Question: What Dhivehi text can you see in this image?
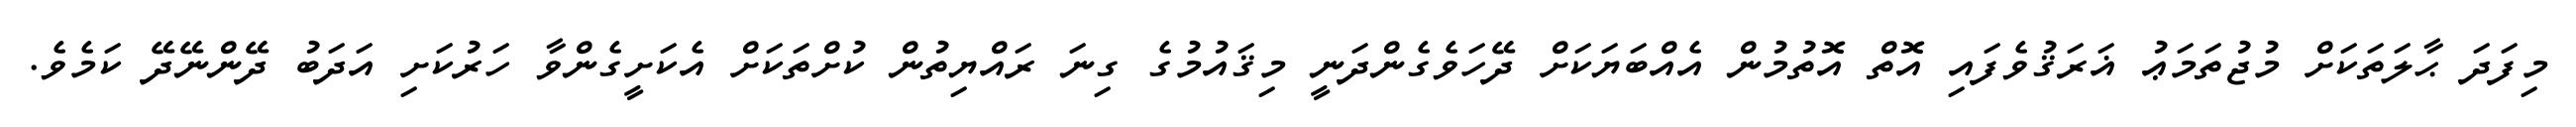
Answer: މިފަދަ ޙާލަތަކަށް މުޖުތަމަޢު ޣަރަޤުވެފައި އޮތް އޮތުމުން އެއްބަޔަކަށް ދޭހަވެގެންދަނީ މިޤައުމުގެ ގިނަ ރައްޔިތުން ކުށްތަކަށް އެކަށީގެންވާ ހަރުކަށި އަދަބު ދޭންނޭދޭ ކަމެވެ.